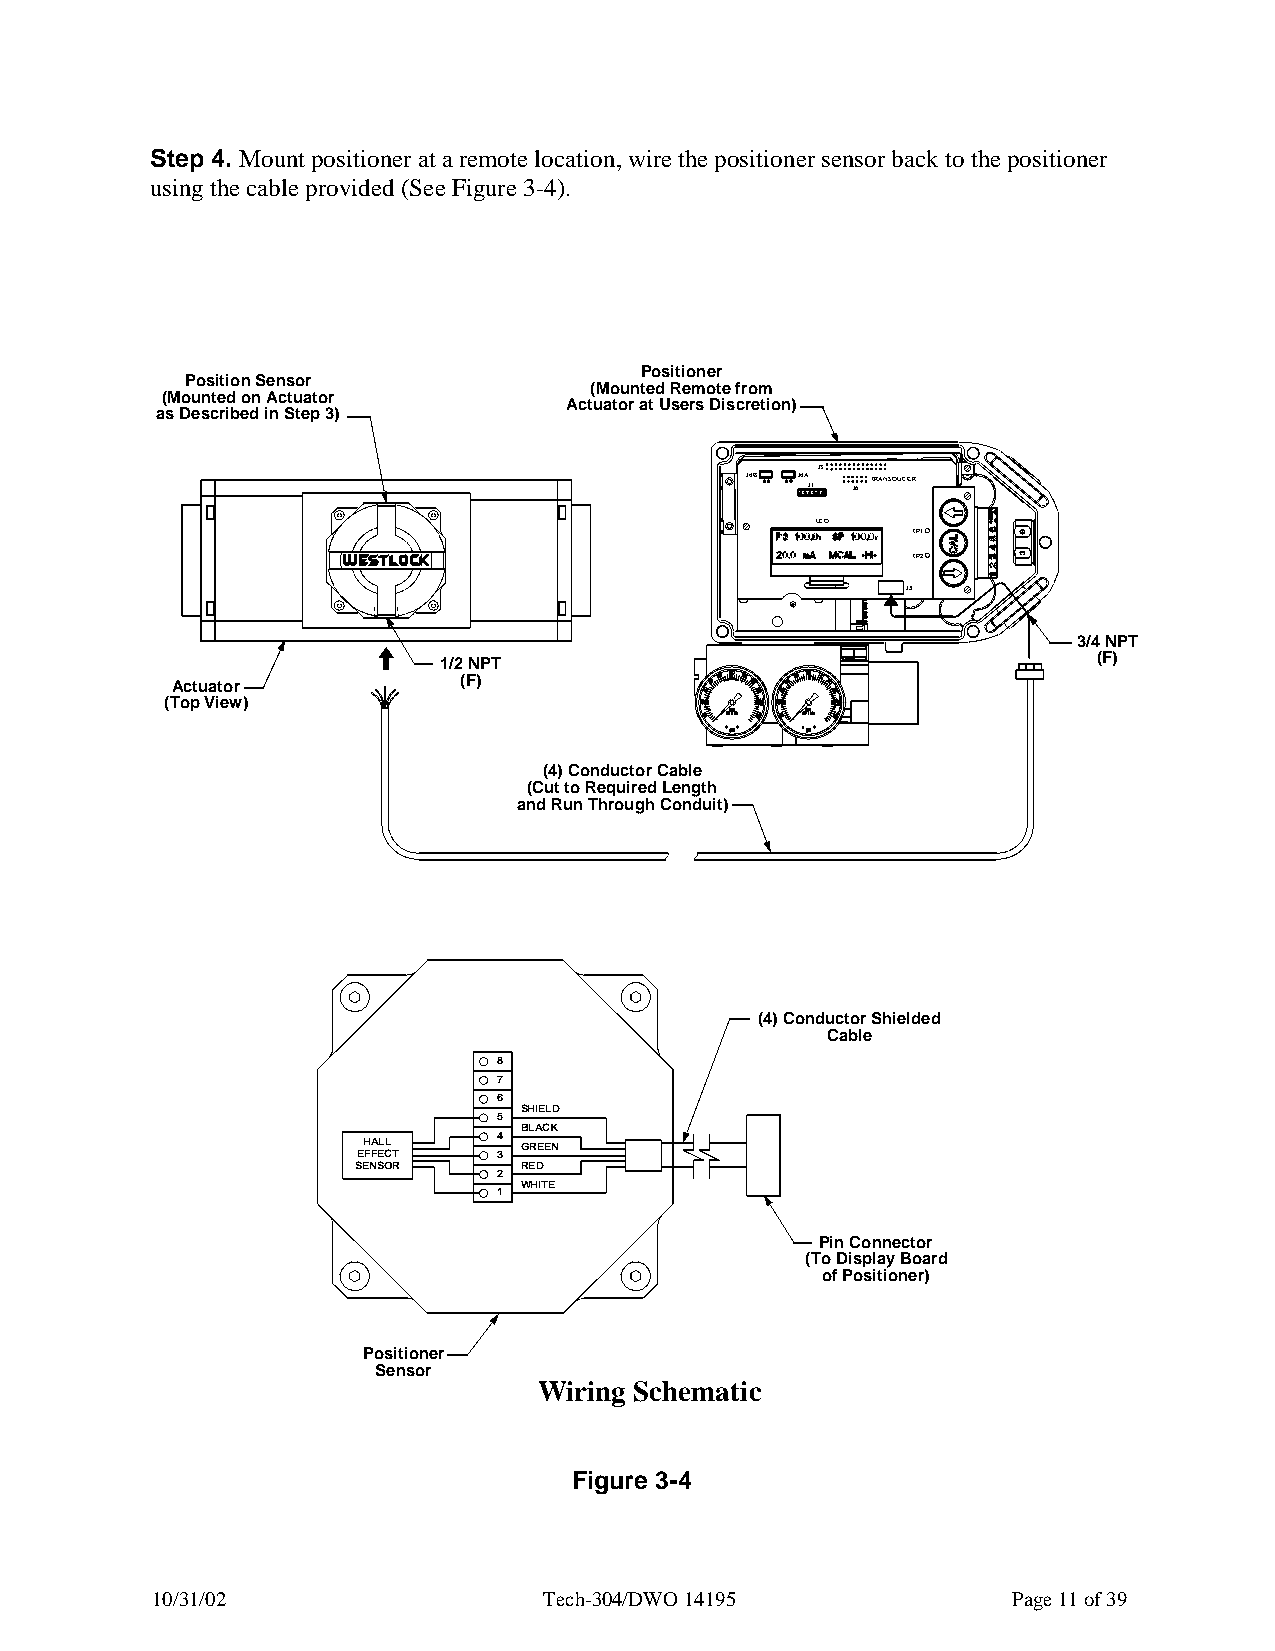
Step 4. Mount positioner at a remote location, wire the positioner sensor back to the positioner
 using the cable provided (See Figure 3-4).
 Positioner
 Position Sensor
 (Mounted Remote from
 (Mounted on Actuator
 Actuator at Users Discretion)
 as Described in Step 3)
 J3
 J4B J4A J1 J1 J6 TRANSDUCER
 LCD
 TP1
 TP2
 J5
 3/4 NPT
 1/2 NPT                                     (F)
 Actuator           (F)
 (Top View)
 (4) Conductor Cable
 (Cut to Required Length
 and Run Through Conduit)
 (4) Conductor Shielded
 Cable
 8
 7
 6
 SHIELD
 5
 BLACK
 HALL     4 GREEN
 EFFECT   3
 SENSOR    RED
 2
 WHITE
 1
 Pin Connector
 (To Display Board
 of Positioner)
 Positioner
 Sensor
 Wiring Schematic
 Figure 3-4
 10/31/02                  Tech-304/DWO 14195             Page 11 of 39